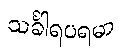
သင်္ခါရပရမာ